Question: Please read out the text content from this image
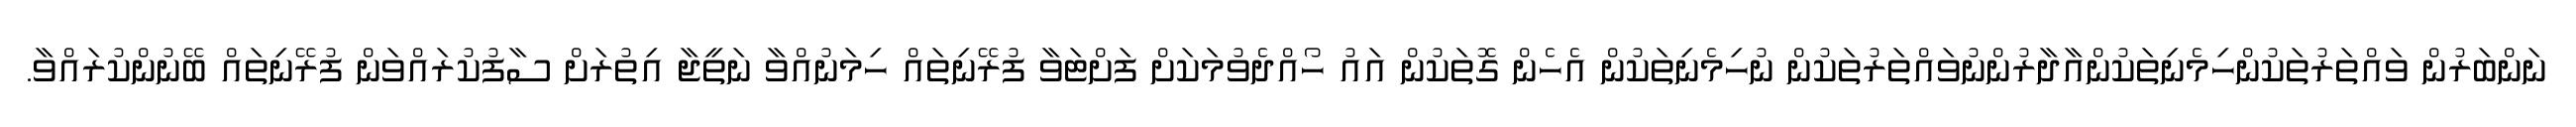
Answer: ނަންބަރުން ވައްތަރުތަކުންހިމެނިތަކުންއާދާރުންނުވައްތަރުތަކުން ނުހިމެނިތަކުން އެހެން ގޮތަކުން އައު ހޯއްދެވުމަކަށް ފަށްޓަވާ ފުރޭނިތައް ހިމަނުއްވާ ނަތީޖާ އިތުރަށް ސާފުކުރައްވަން ފުރޭނިތައް ބޭނުންކުރައްވާ.